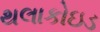
થલાકોઇડ